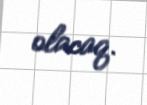
olacaq.